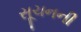
સૂચનની